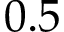
0 . 5